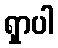
ရှာပါ